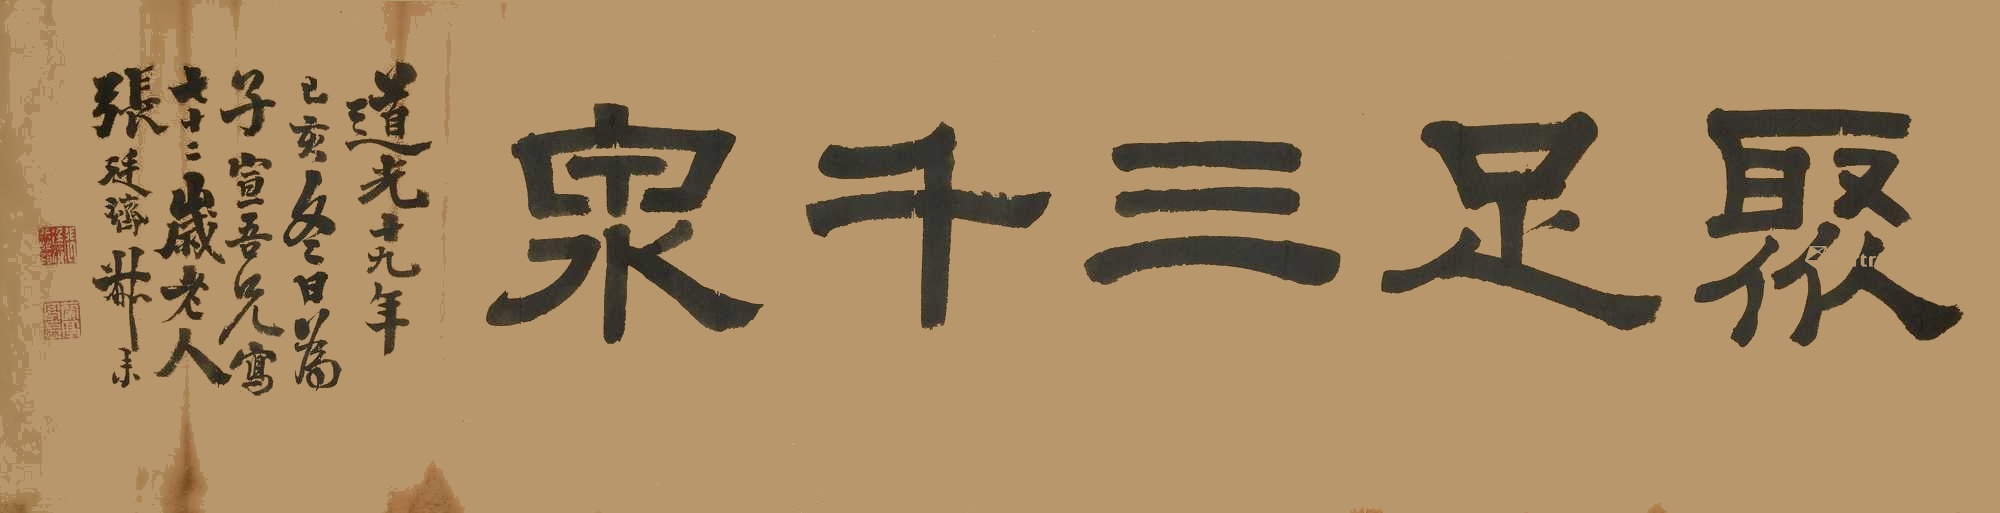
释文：聚足三千泉道光十九年己亥冬日为子宣吾兄写，七十二岁老人张廷济叔未。